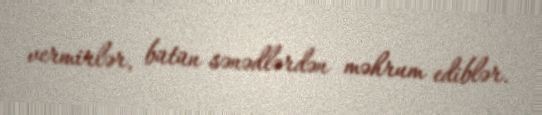
vermirlər, bütün sənədlərdən məhrum ediblər.